Vaccination North-Western Provinces 1866-1877 - 1866-1877
Year: 1866
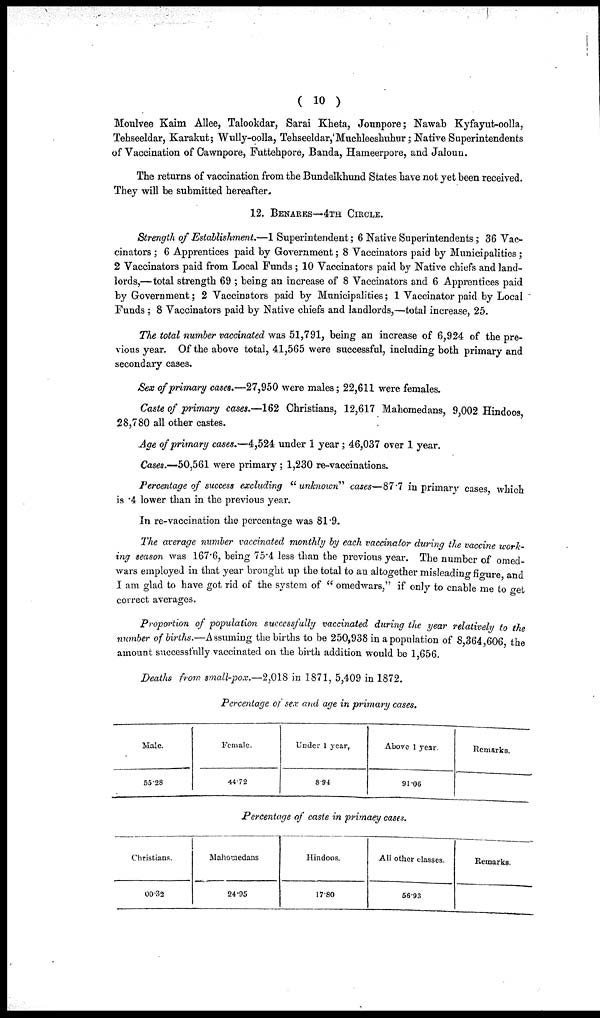
( 10 )
Moulvee Kaim Allee, Talookdar, Sarai Kheta, Jounpore; Nawab Kyfayut-oolla,
Tehseeldar, Karakut; Wully-oolla, Tehseeldar, Muchleeshuhur; Native Superintendents
of Vaccination of Cawnpore, Futtehpore, Banda, Hameerpore, and Jaloun.
The returns of vaccination from the Bundelkhund States have not yet been received.
They will be submitted hereafter.
12. BENARES—4TH CIRCLE.
Strength of Establishment.—1 Superintendent; 6 Native Superintendents; 36 Vac¬
cinators ; 6 Apprentices paid by Government; 8 Vaccinators paid by Municipalities;
2 Vaccinators paid from Local Funds ; 10 Vaccinators paid by Native chiefs and land-
lords,—total strength 69 ; being an increase of 8 Vaccinators and 6 Apprentices paid
by Government; 2 Vaccinators paid by Municipalities; 1 Vaccinator paid by Local
Funds ; 8 Vaccinators paid by Native chiefs and landlords,—total increase, 25.
The total number vaccinated was 51,791, being an increase of 6,924 of the pre-
vious year. Of the above total, 41,565 were successful, including both primary and
secondary cases.
Sex of primary cases.—27,950 were males; 22,611 were females.
Caste of primary cases.—162 Christians, 12,617 Mahomedans, 9,002 Hindoos,
28,780 all other castes.
Age of primary cases.—4,524 under 1 year; 46,037 over 1 year.
Cases.—50,561 were primary ; 1,230 re-vaccinations.
Percentage of success excluding "unknown" cases—87.7 in primary cases, which
is .4 lower than in the previous year.
In re-vaccination the percentage was 81.9.
The average number vaccinated monthly by each vaccinator during the vaccine work-
ing season was 167.6, being 75.4 less than the previous year. The number of omed¬
wars employed in that year brought up the total to an altogether misleading figure, and
I am glad to have got rid of the system of "omedwars," if only to enable me to get
correct averages.
Proportion of population successfully vaccinated during the year relatively to the
number of births.—Assuming the births to be 250,938 in a population of 8,364,606, the
amount successfully vaccinated on the birth addition would be 1,656.
Deaths from small-pox.—2,018 in 1871, 5,409 in 1872.
Percentage of sex and age in primary cases.
Male.
55.28
Female.
44.2
Under 1 year,
8.94
Above 1 year.
91.06
Remarks.
Percentage of caste in primary cases.
Christians.
00.32
Mahomedans
24.95
Hindoos.
17.80
All other classes.
56.93
Remarks.